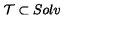
{ \cal T } \subset S o l v